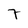
Character: 7